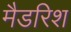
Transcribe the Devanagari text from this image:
मैडरिश